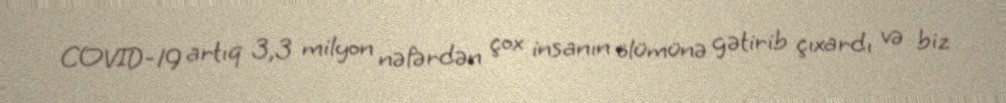
COVID-19 artıq 3,3 milyon nəfərdən çox insanın ölümünə gətirib çıxardı və biz